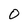
Character: O